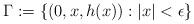
LaTeX: \begin{align*}\Gamma:=\{(0,x,h(x)): |x| < \epsilon \}\end{align*}